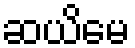
ဆယိမေ